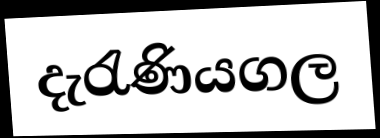
දැරැණියගල